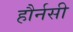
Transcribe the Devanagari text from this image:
हौर्नसी